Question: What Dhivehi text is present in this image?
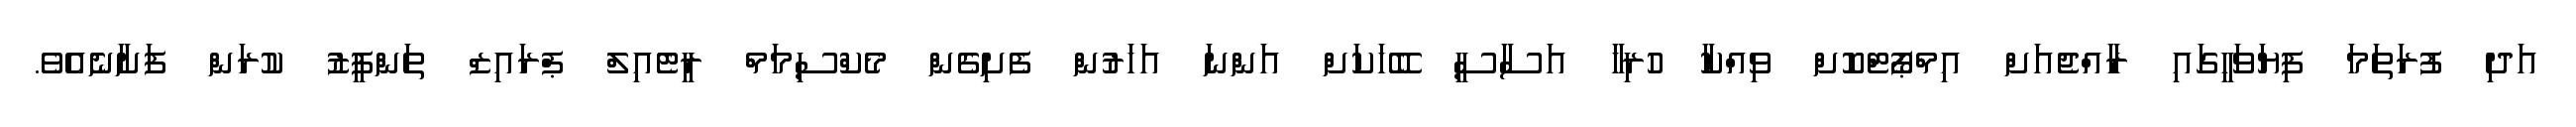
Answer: އަދި ފުރަތަމަ ފިޔަވަހީގައި ރާއްޖެއަށް އިމްޕޯޓްކޮށް ވިއްކާ ހުރިހާ އަސާސީ ބޭހަކަށް އަންނަ އަހަރުން ފެށިގެން މެކްސިމަމް ރީޓެއިލް ޕްރައިޒް ތަންފީޒު ކުރަން ފަށާނެއެވެ.